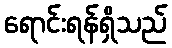
ရောင်းရန်ရှိသည်